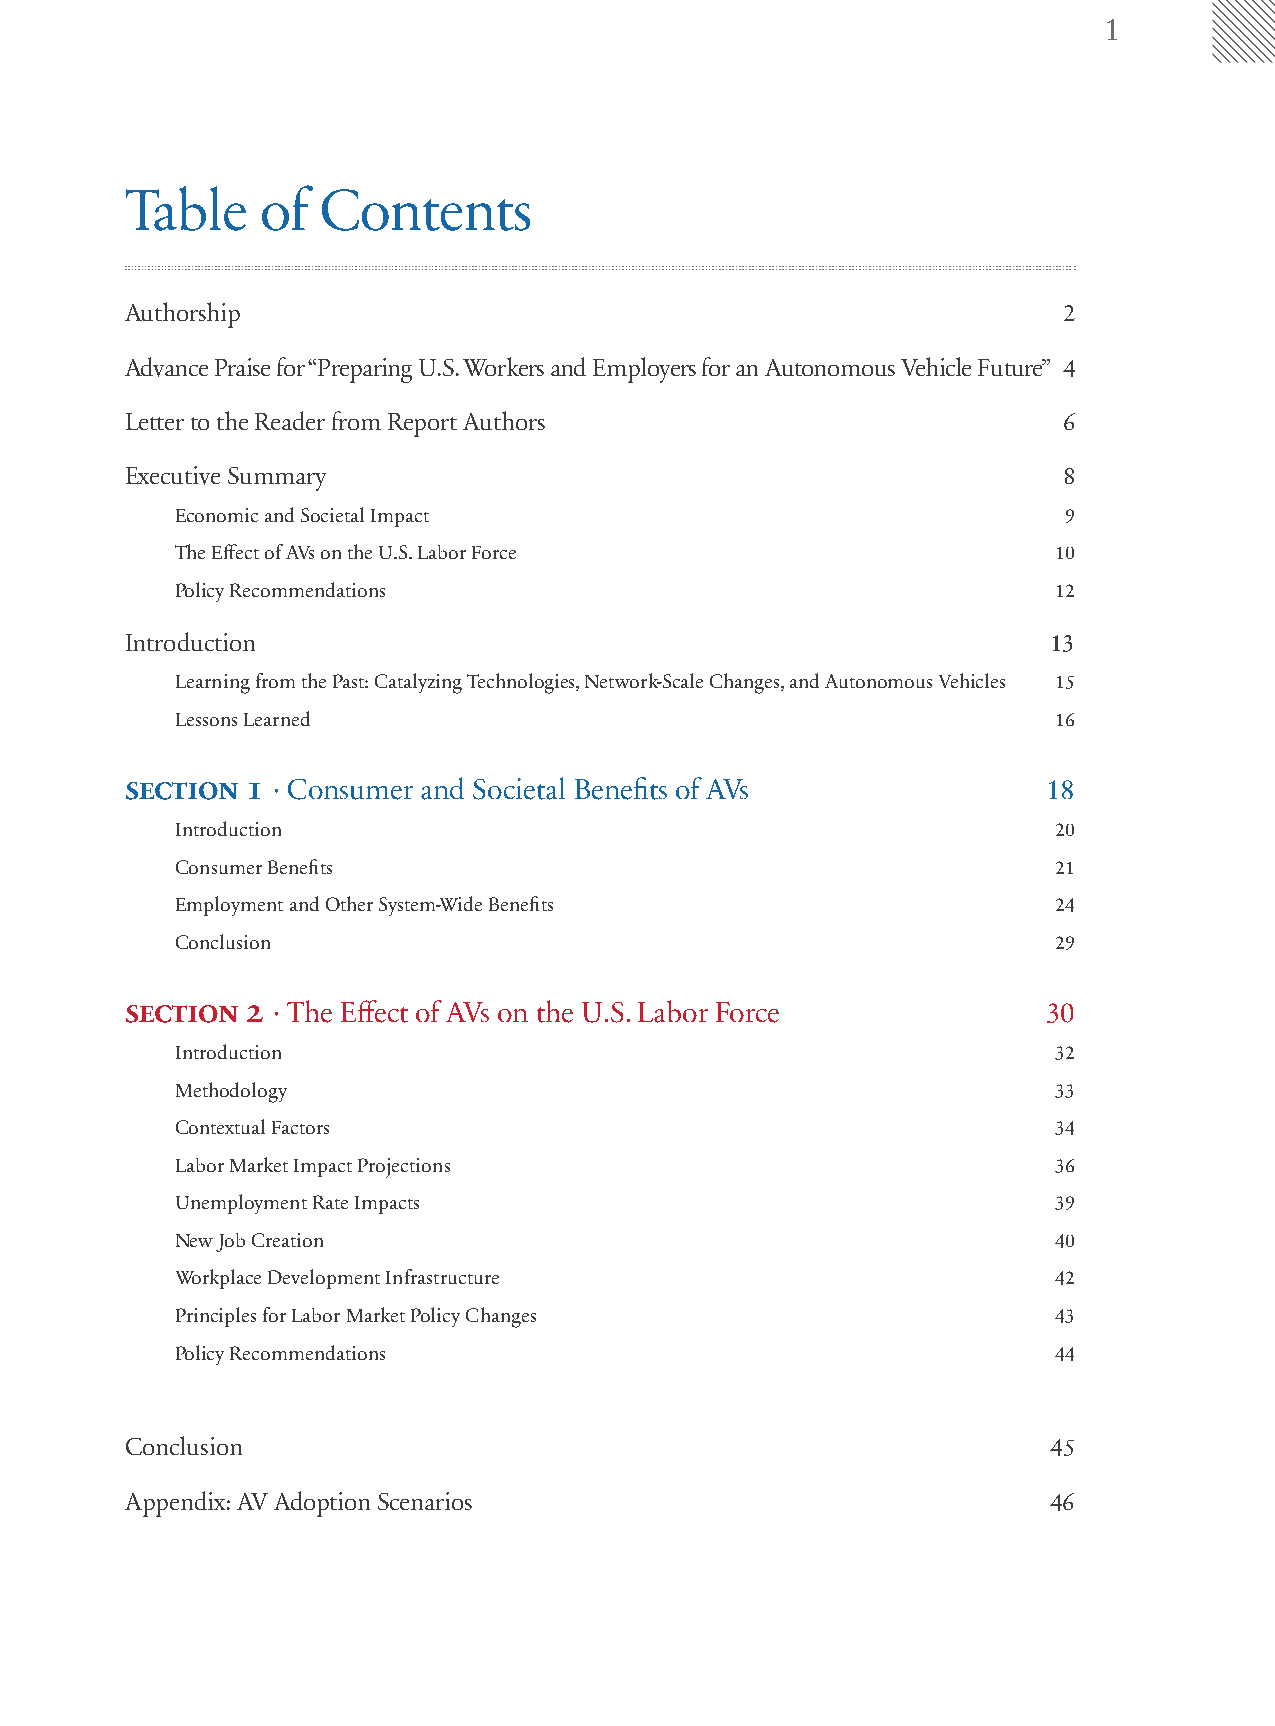
1
 Table    of  Contents
 Authorship                                                    2
 Advance Praise for “Preparing U.S. Workers and Employers for an Autonomous Vehicle Future” 4
 Letter to the Reader from Report Authors                      6
 Executive Summary                                             8
 Economic and Societal Impact                               9
 The Effect of AVs on the U.S. Labor Force                 10
 Policy Recommendations                                    12
 Introduction                                                  13
 Learning from the Past: Catalyzing Technologies, Network-Scale Changes, and Autonomous Vehicles 15
 Lessons Learned                                           16
 section 1 · Consumer and Societal Benefits of AVs            18
 Introduction                                              20
 Consumer Benefits                                         21
 Employment and Other System-Wide Benefits                 24
 Conclusion                                                29
 section 2 · The Effect of AVs on the U.S. Labor Force        30
 Introduction                                              32
 Methodology                                               33
 Contextual Factors                                        34
 Labor Market Impact Projections                           36
 Unemployment Rate Impacts                                 39
 New Job Creation                                          40
 Workplace Development Infrastructure                      42
 Principles for Labor Market Policy Changes                43
 Policy Recommendations                                    44
 Conclusion                                                    45
 Appendix: AV Adoption Scenarios                               46